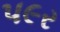
પ૯ર